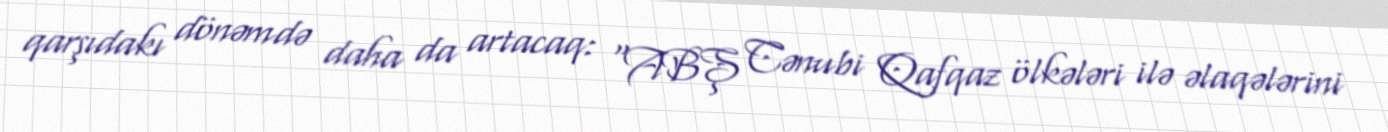
qarşıdakı dönəmdə daha da artacaq: “ABŞ Cənubi Qafqaz ölkələri ilə əlaqələrini